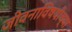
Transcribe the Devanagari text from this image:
जीवनाविषयीच्या